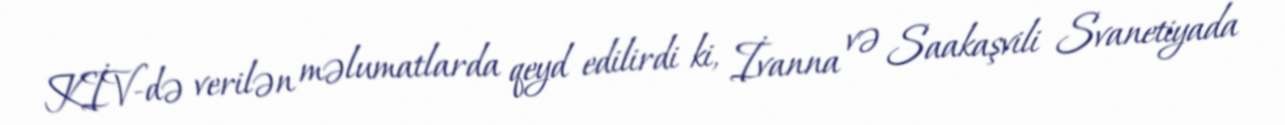
KİV-də verilən məlumatlarda qeyd edilirdi ki, İvanna və Saakaşvili Svanetiyada